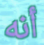
أنه